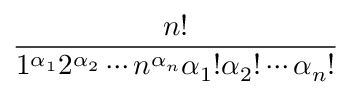
\frac { n ! } { 1 ^ { \alpha _ { 1 } } 2 ^ { \alpha _ { 2 } } \dotsm n ^ { \alpha _ { n } } \alpha _ { 1 } ! \alpha _ { 2 } ! \dotsm \alpha _ { n } ! }